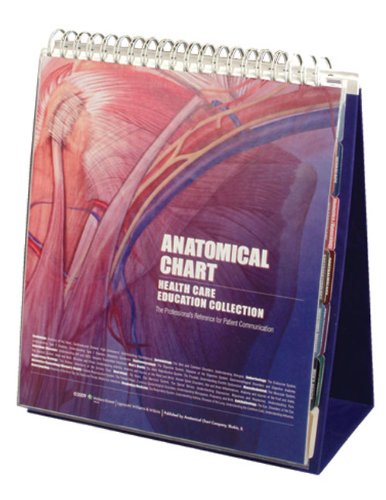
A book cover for Anatomical Chart Healthcare Education Collection: The Professional's Reference for Patient Communication; Anatomical Chart Company; Medical Books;